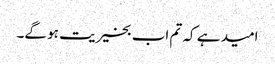
امید ہے کہ تم اب بخیریت ہو گے۔